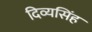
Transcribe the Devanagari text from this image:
दिव्यसिंह